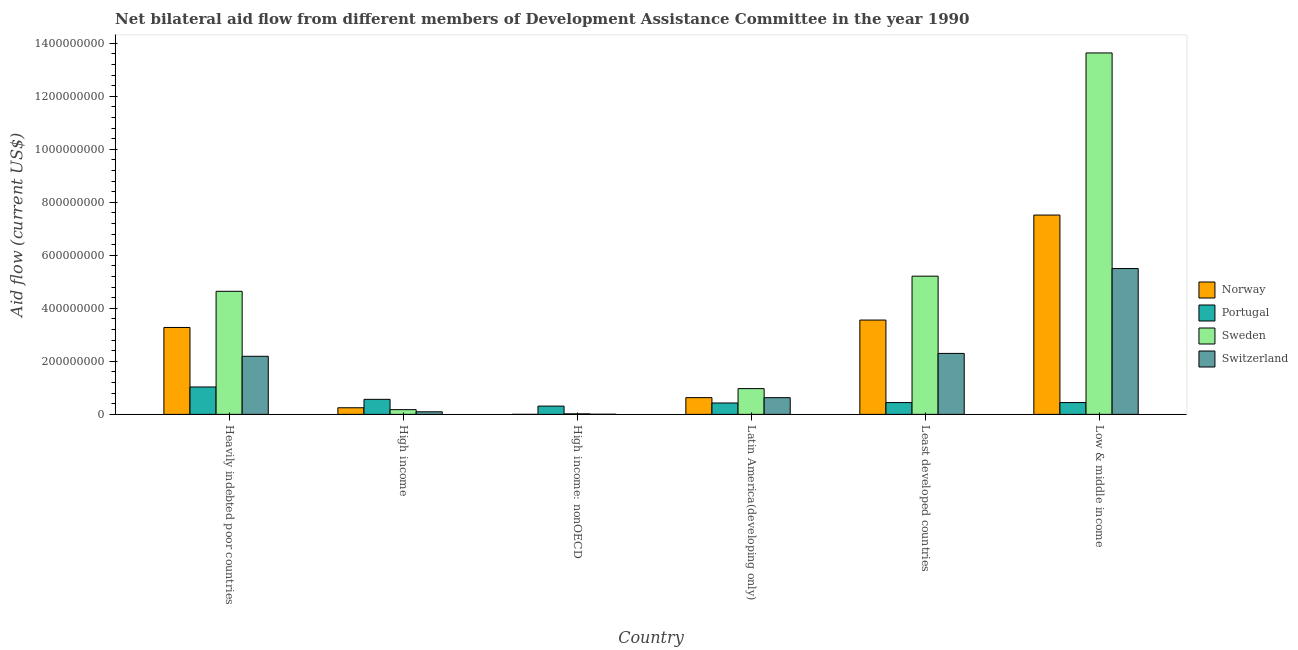
| Country | Norway | Portugal | Sweden | Switzerland |
 | --- | --- | --- | --- | --- |
 | Heavily indebted poor countries | 3.28e+08 | 1.03e+08 | 4.64e+08 | 2.19e+08 |
 | High income | 2.49e+07 | 5.67e+07 | 1.78e+07 | 9.78e+06 |
 | High income: nonOECD | 5e+04 | 3.12e+07 | 2.03e+06 | 5e+05 |
 | Latin America(developing only) | 6.31e+07 | 4.29e+07 | 9.72e+07 | 6.3e+07 |
 | Least developed countries | 3.56e+08 | 4.45e+07 | 5.21e+08 | 2.3e+08 |
 | Low & middle income | 7.52e+08 | 4.45e+07 | 1.36e+09 | 5.5e+08 |